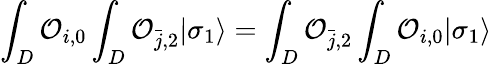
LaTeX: \int_{D}{\cal O}_{i,0}\int_{D}{\cal O}_{{\bar{j}},2}|\sigma_{1}\rangle=\int_{D}{\cal O}_{{\bar{j}},2}\int_{D}{\cal O}_{i,0}|\sigma_{1}\rangle\,